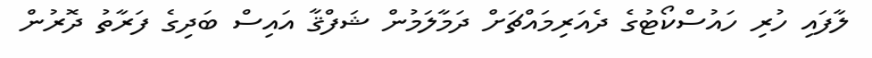
ލާފައި ހުރި ހައުސްކޯޓުގެ ދެއަރިމައްޗަށް ދަމާލަމުން ޝަފްޤާ އައިސް ބަދިގެ ފަރާތު ދޮރުން